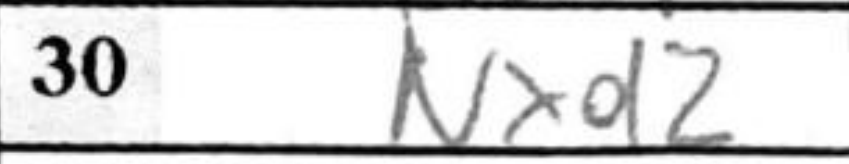
Transcription: Nxd2